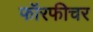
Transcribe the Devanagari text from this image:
फॉरफीचर